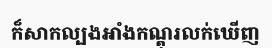
ក៏សាកល្បងអាំងកណ្តុរលក់ឃើញ